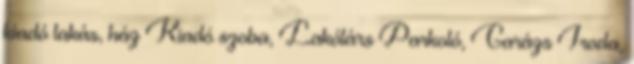
kiadó lakás, ház Kiadó szoba, Lakótárs Parkoló, Garázs Iroda,